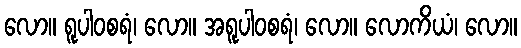
လော။ ရူပါဝစရံ၊ လော။ အရူပါဝစရံ၊ လော။ လောကိယံ၊ လော။